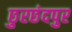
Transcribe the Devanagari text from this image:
छुरछंदपुर